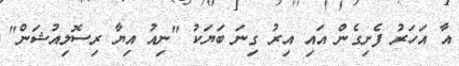
އާ އަހަރު ފެށިގެން އައި އިރު ގިނަ ބަޔަކު "ނިއު އިޔާ ރިސޮލިއުޝަން"